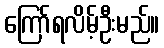
ကြော်ရလိမ့်ဦးမည်။